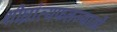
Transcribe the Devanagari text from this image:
शीघ्रांत्यफलज्याओं